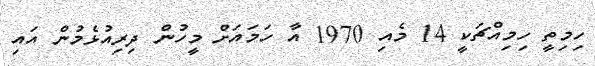
ހިމިތީ ހިމިއްޗަކީ 14 މެއި 1970 އާ ހަމައަށް މީހުން ދިރިއުޅެމުން އައި